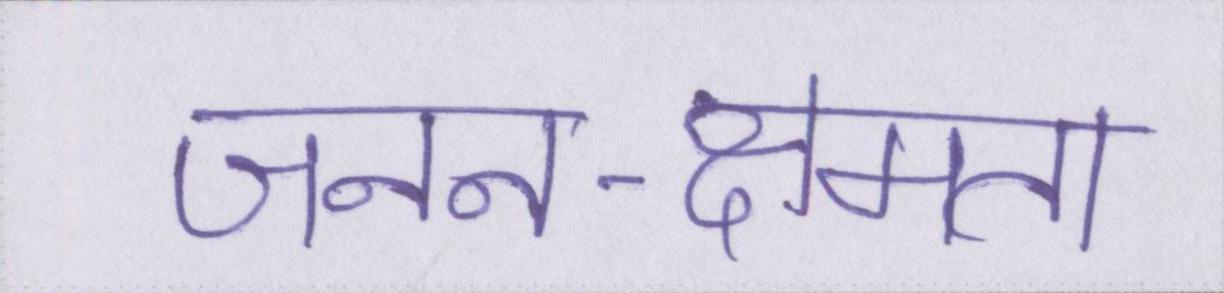
जनन-क्षमता